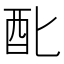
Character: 䣥